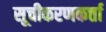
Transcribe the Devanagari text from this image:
सूचीकरणकर्त्ता